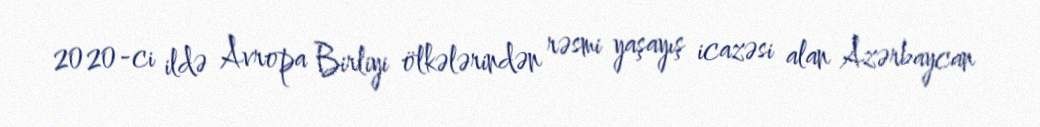
2020-ci ildə Avropa Birliyi ölkələrindən rəsmi yaşayış icazəsi alan Azərbaycan